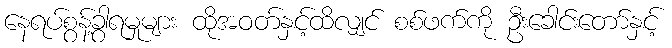
နေရပ်စွန့်ခွာရမှုများ ထိုအဝတ်နှင့်ထိလျှင် စစ်ဖက်ကို ဦးခေါင်းတော်နှင့်